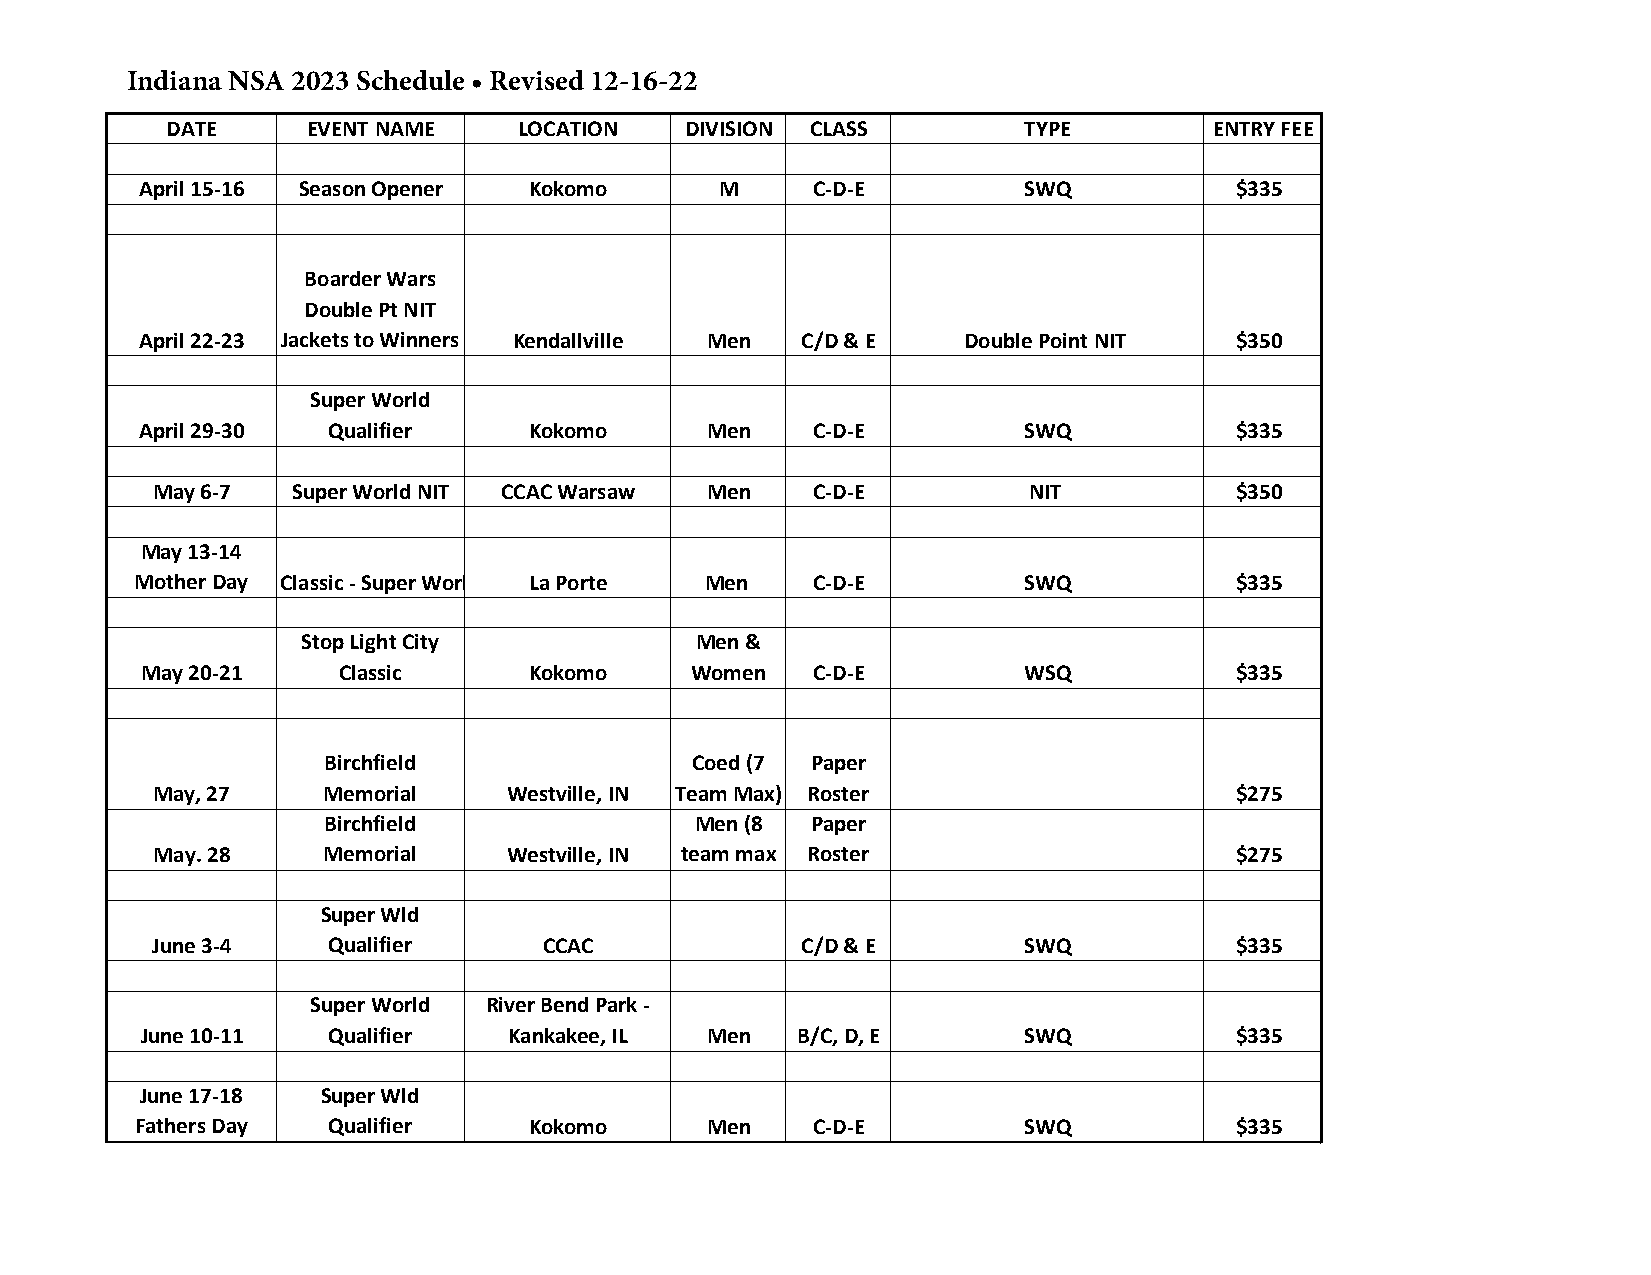
Indiana NSA 2023 Schedule • Revised 12-16-22
 DATE     EVENT NAME    LOCATION   DIVISION CLASS         TYPE        ENTRY FEE
 April 15-16 Season Opener Kokomo       M     C-D-E         SWQ           $335
 Boarder Wars
 Double Pt NIT
 April 22-23 Jackets to Winners Kendallville Men C/D & E Double Point NIT $350
 Super World
 April 29-30  Qualifier    Kokomo      Men    C-D-E         SWQ           $335
 May 6-7  Super World NIT CCAC Warsaw Men    C-D-E         NIT           $350
 May 13-14
 MotMhearp Dlea yCity Classic - Super World QualLifaie Prorte Men C-D-E SWQ $335
 Stop Light City           Men &
 May 20-21    Classic      Kokomo     Women   C-D-E         WSQ           $335
 Birchfield               Coed (7 Paper
 May, 27    Memorial     Westville, IN Team Max) Roster                  $275
 Birchfield               Men (8  Paper
 May. 28    Memorial     Westville, IN team max Roster                   $275
 Super Wld
 June 3-4    Qualifier     CCAC             C/D & E        SWQ           $335
 Super World River Bend Park -
 June 10-11   Qualifier   Kankakee, IL Men   B/C, D, E      SWQ           $335
 June 17-18  Super Wld
 Fathers Day  Qualifier    Kokomo      Men    C-D-E         SWQ           $335